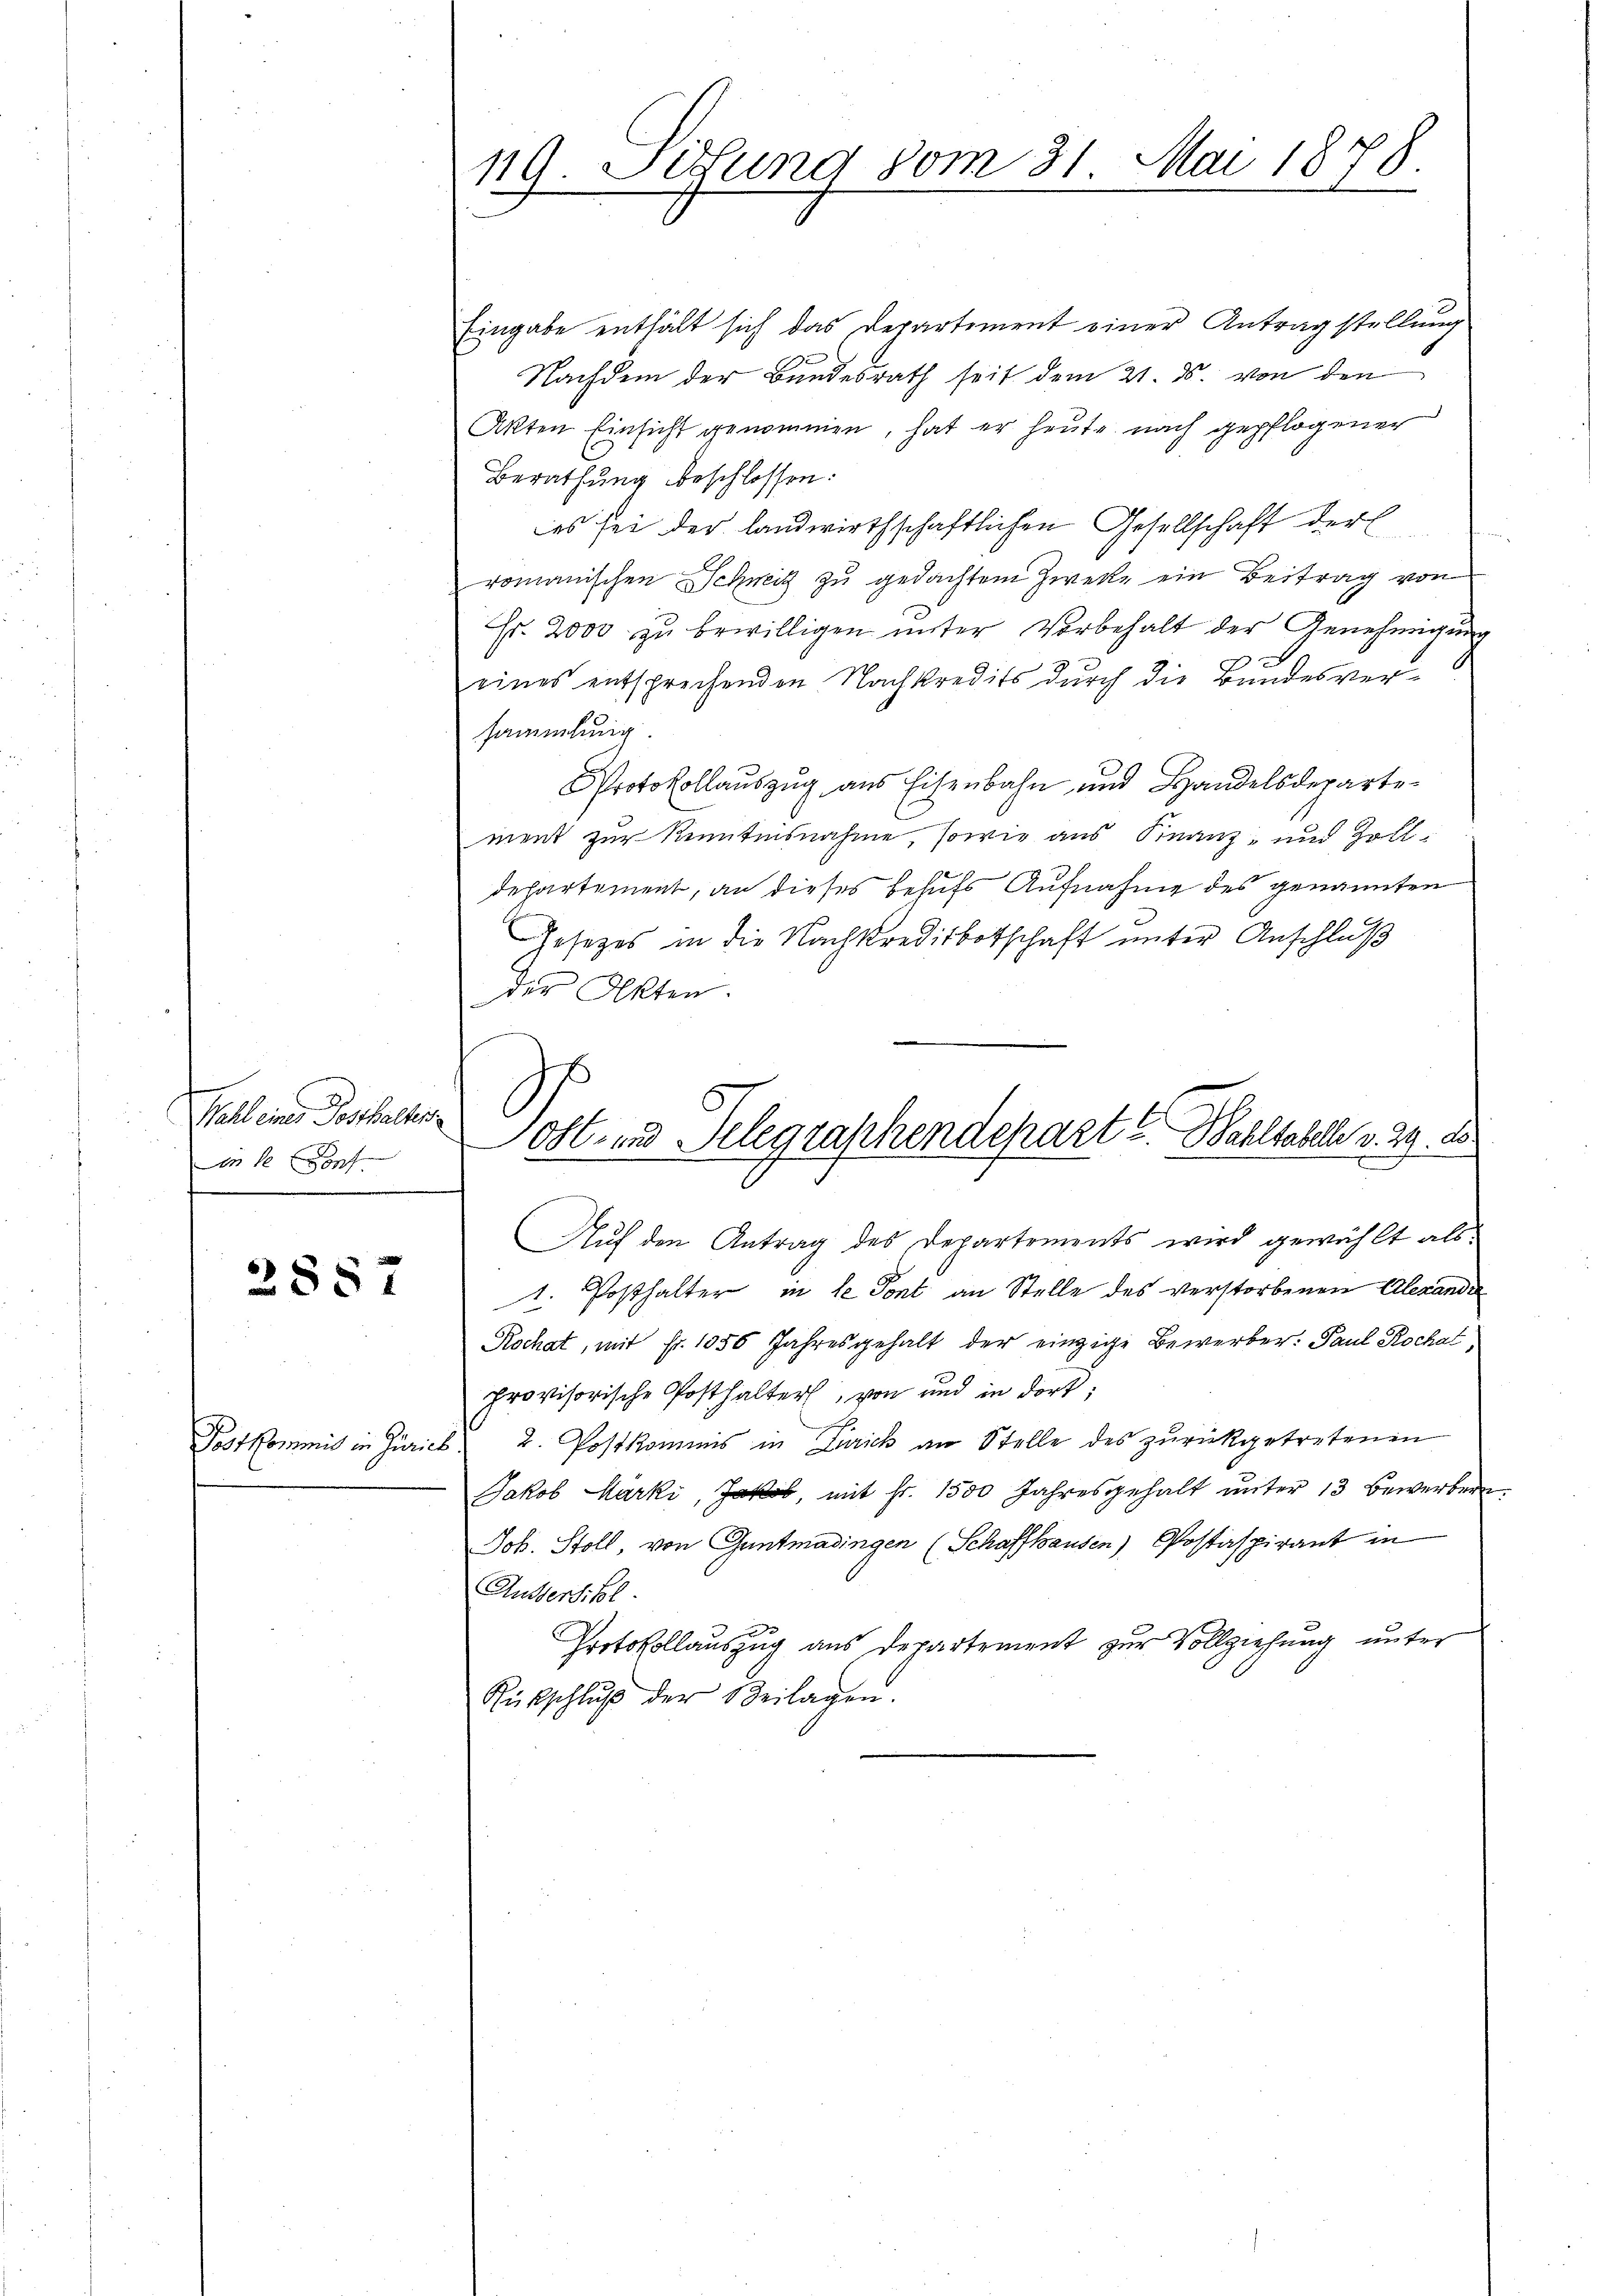
Walb eines Posthalter
n e f
.

2887

10 Sitzung vom 31. Mai 1878.

Eingabe enthält sich das Departement einer Antragstellung
Nachdem der Bundesrath seit dem 21. ds. von den
Akten Einsicht genommen, hat er heute nach gepflogener
Berathung beschlossen:
es sei der landwirthschaftlichen Gesellschaft der
romanischen Schweiz zu gedachtem Zwecke ein Beitrag von
Fr. 2000 zu bewilligen unter Vorbehalt der Genehmigung
g
eines entsprechenden Nachkredits durch die Bundesversammlung
Protokollauszug aus Eisenbahn und Handelsdepartement zur Kenntnisnahme, sowie aus Finanz- und Zolldepartement, an dieses behufs Aufnahme des genannten
Gesetzes in die Nachkreditbotschaft unter Anschluß
der Akten.
Post- und Telegraschendepart u. Wahltabel v. 29. ds
Auf den Antrag des Departements wird gewählt als
1. Posthalter in le Pont an Stelle des verstorbenen Alexande
Rochat, mit fr. 1056 Jahresgehalt der einzige Bewerber: Paul Rochal
provisorische Posthalter, von und in dort,
Postkommis in Zürich. 2. Postkommis in Zürich an Stelle des zŭrückgetretenen
Jakob Marki, Jakob, mit Fr. 1500 Jahresgehalt unter 13 Bewerbern
Job. Stoll, von Gantmadingen (Schaffhausen Postaspirant in
Ausfertikel.
Protokollauszug aus Departement zur Vollziehung unter
Rückschlŭβ der Beilagen.